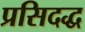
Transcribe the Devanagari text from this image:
प्रसिदद्ध